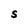
Character: S